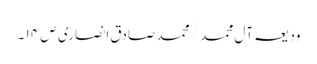
ودیعہ آل محمد / محمد صادق انصاری ص ۱۴ ۔